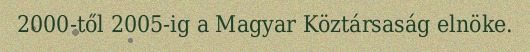
2000-től 2005-ig a Magyar Köztársaság elnöke.